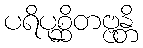
ပရိပုစ္ဆိတဗ္ဗန္တိ